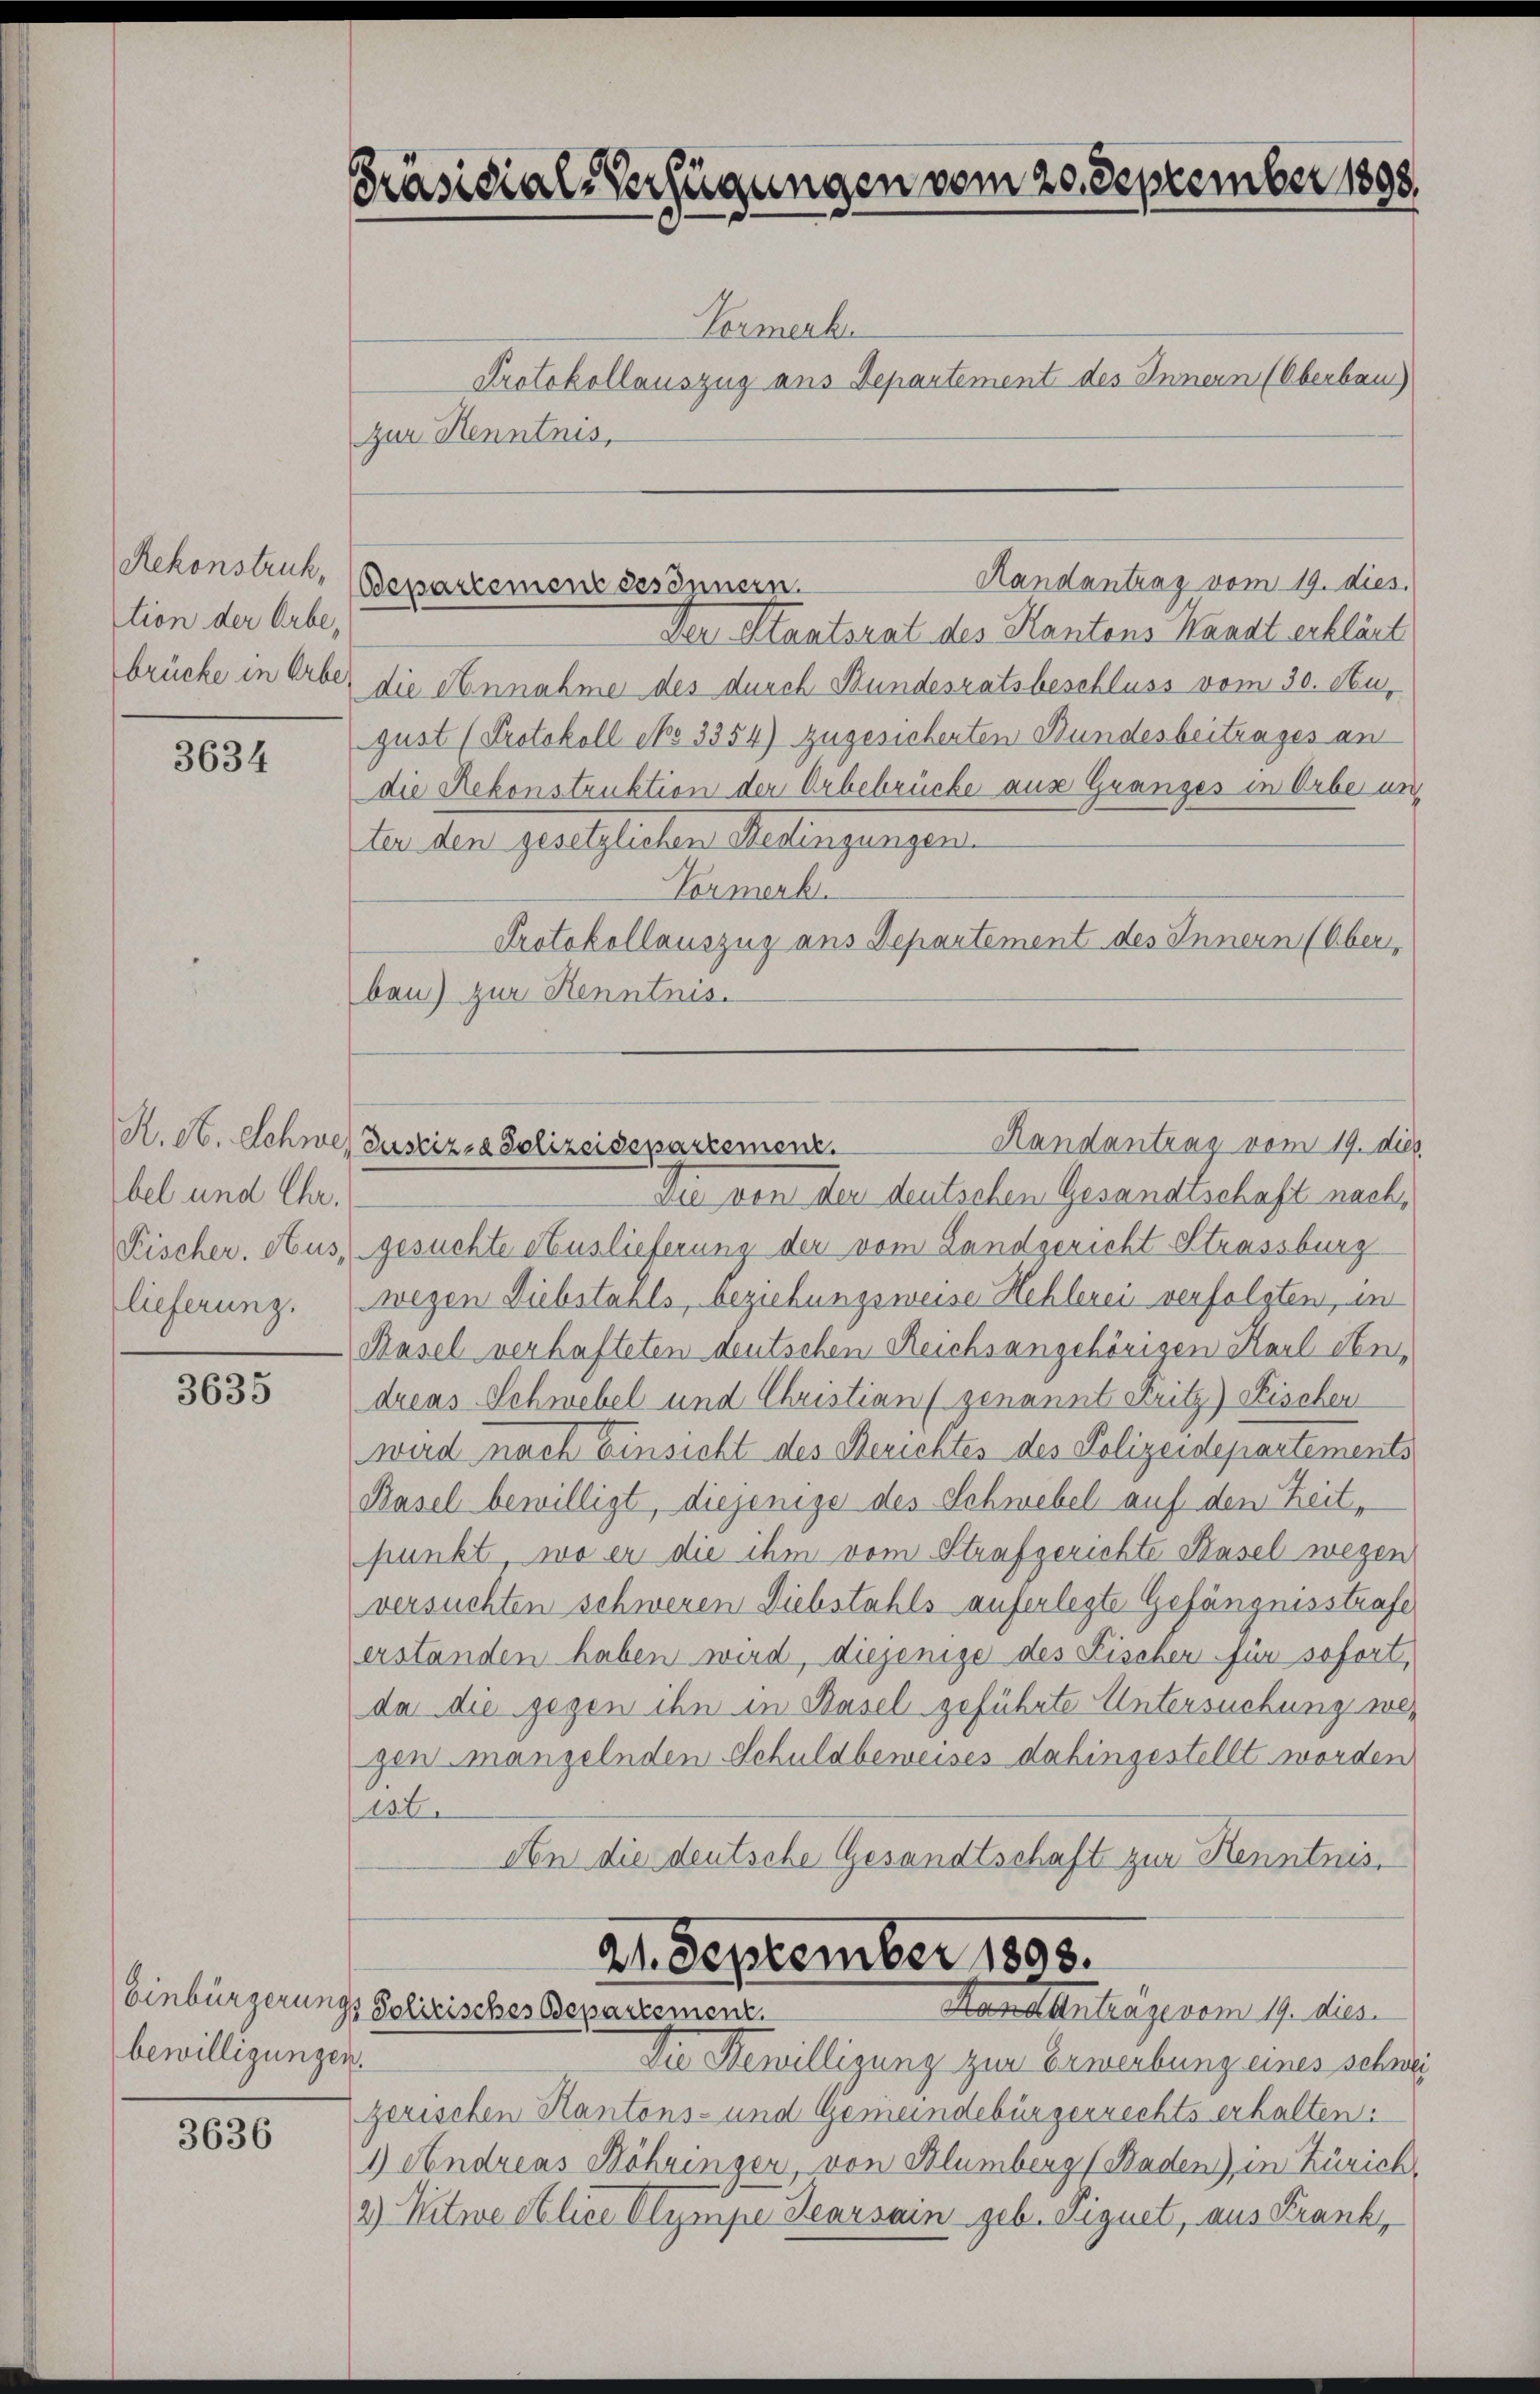
Rekonstruk,
tion der Erbe,
brücke in Erbe

3634

bel und Chr.

3635

bewilligungen.

3636

Präsidial-Verfügungen vom 20. September 1898.

Vormenb
Protokollauszug aus Departement des Innern (Oberbau)
zur Kenntnis,
Der Staatsrat des Kantons Kaadt erklärt
die Annahme des durch Bundesratsbeschluss vom 30. August (Protokoll No 3354) zugesicherten Bundesbeitrages an
die Rekonstruktion der Arbebrücke aus Granzes in Orbe un
dan der gelasteten Selingungen
Vormenku
Protokollauszug aus Departement des Innern (Oberben) zur Henntnis.

Handantrag vom 19. dies.
Bepartement des Innern.

sie von der deutschen Gesandtschaft nach,
Fischer. Ausgesuchte Auslieferung der vom Landgericht Strassburg
lieferung. (wegen Diebstahls, beziehungsweise Hehlerei verfolgten, in
Rasel verhafteten deutschen Reichsangehörigen Karl den
dreas Schwebel und Christian (genannt Fritz) Fischer
wird nach Einsicht des Berichtes des Polizeidepartements
Basel bewilligt, diejenige des Schwebel auf den Zeitpunkt, wo er die ihm vom Strafgerichte Hasel wegen
versuchten schweren Diebstahls auferlegte Gefängnisstrafe
erstanden haben wird, diejenige des Fischer für sofort,
da die gegen ihn in Basel geführte Untersuchung wegen mangelnden Schuldbeweises dahingestellt worden
136.
An die deutsche Gesandtschaft zur Kenntnis,
21. September 1898.
Einbürgerungs Solirisches Departement.
Montantingerem 19. dies
Die Bewilligung zur Erwerbung eines schwei
zerischen Kantons- und Gemeindebürgerrechts erhalten:
1) Andreas Höhringer, von Blumberg (Baden), in Zürich,
2) Witwe Alice Olympe Hearsain geb. Signet, aus Frank

Randantrag vom 19. dies
K. H. Schwer Justiz- & Polizeisepartement.